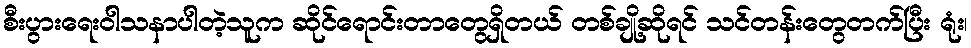
စီးပွားရေးဝါသနာပါတဲ့သူက ဆိုင်ရောင်းတာတွေရှိတယ် တစ်ချို့ဆိုရင် သင်တန်းတွေတက်ပြီး ရုံး၊